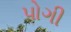
પોગી